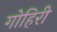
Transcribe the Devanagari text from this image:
गोहिरी